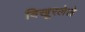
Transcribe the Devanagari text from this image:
विखूरलेले